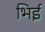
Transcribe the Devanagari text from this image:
भिई